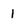
Character: 1